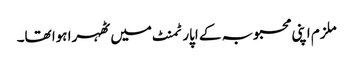
ملزم اپنی محبوبہ کے اپارٹمنٹ میں ٹھہرا ہوا تھا۔